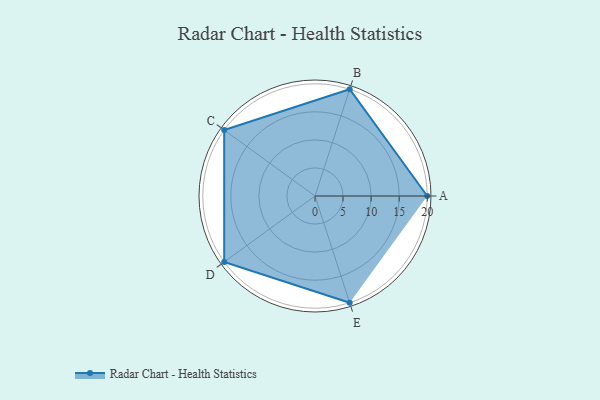
{"axis": {"x": "Skill", "y": "Score"}, "legend": ["Profile"], "data": [{"x": "A", "y": 20, "type": "Profile"}, {"x": "B", "y": 20, "type": "Profile"}, {"x": "C", "y": 20, "type": "Profile"}, {"x": "D", "y": 20, "type": "Profile"}, {"x": "E", "y": 20, "type": "Profile"}]}